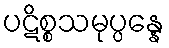
ပဋိစ္စသမုပ္ပန္နေ